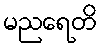
မညရေတိ